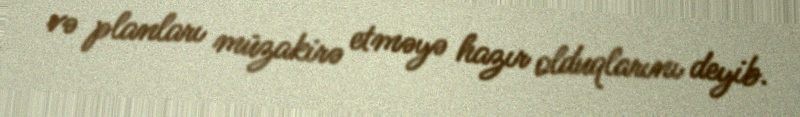
və planları müzakirə etməyə hazır olduqlarını deyib.